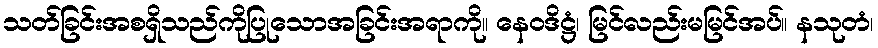
သတ်ခြင်းအစရှိသည်ကိုပြုသောအခြင်းအရာကို။ နေဝဒိဋ္ဌံ၊ မြင်လည်းမမြင်အပ်။ နသုတံ၊